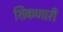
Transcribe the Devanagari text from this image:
शिकणारी